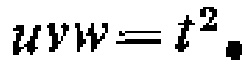
$z^{*}=111$